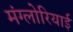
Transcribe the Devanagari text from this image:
मंग्लोरियाई